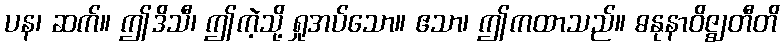
ပန၊ ဆက်။ ဤဒိသီ၊ ဤကဲ့သို့ ရှုအပ်သော။ ဧသာ၊ ဤကထာသည်။ ဓနုနာဝိဇ္ဈတီတိ